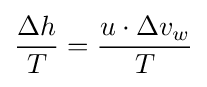
{\frac {\Delta h}{T}}={\frac {u\cdot \Delta v_{w}}{T}}